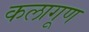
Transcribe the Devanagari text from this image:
कलागूण